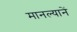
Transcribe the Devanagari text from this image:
मानल्यानें